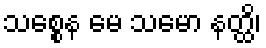
သစ္စေန မေ သမော နတ္ထိ၊